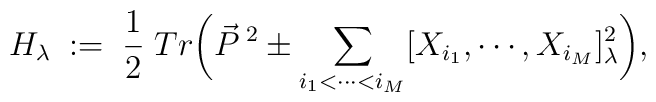
H_\lambda \;:=\;\frac 1 2 \; Tr \biggl( \vec P^{\;2} \pm\sum_{i_1<\cdots<i_M} [X_{i_1},\cdots,X_{i_M}]_\lambda^2\biggr),